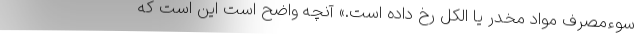
سوءمصرف مواد مخدر یا الکل رخ‌ داده است.» آنچه واضح است این است که